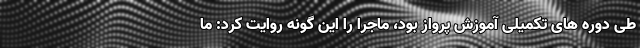
طی دوره های تکمیلی آموزش پرواز بود، ماجرا را این گونه روایت کرد: ما